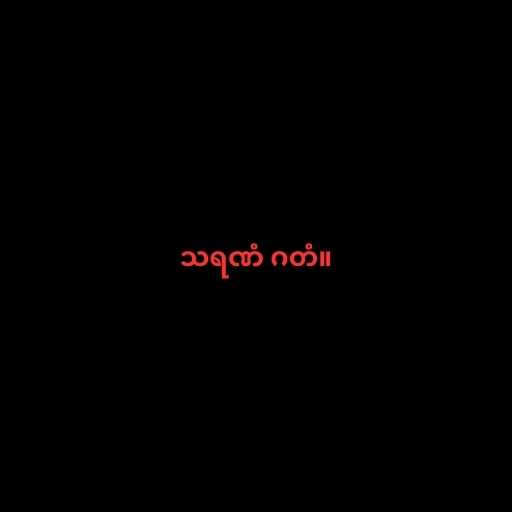
သရဏံ ဂတံ။